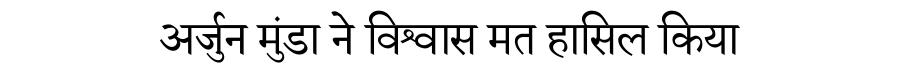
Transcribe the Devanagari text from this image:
अर्जुन मुंडा ने विश्वास मत हासिल किया